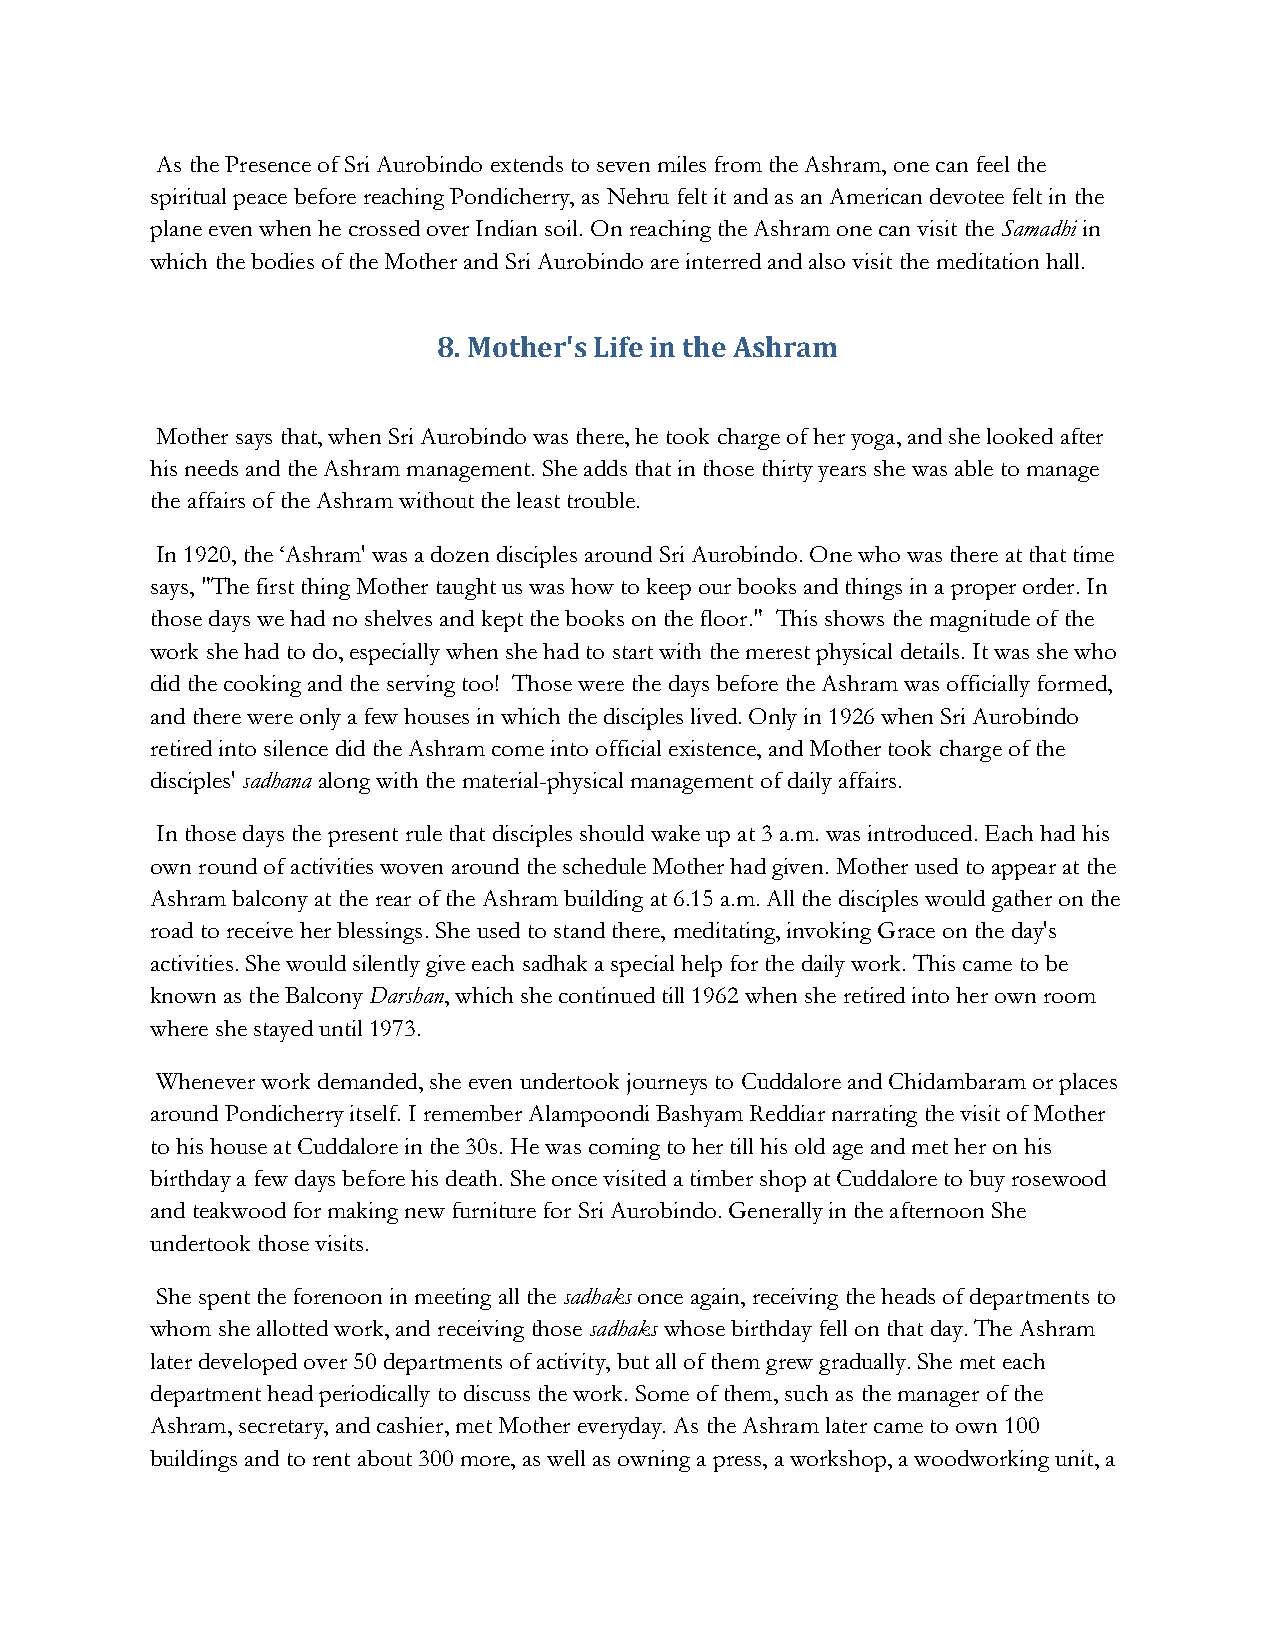
As the Presence of Sri Aurobindo extends to seven miles from the Ashram, one can feel the
 spiritual peace before reaching Pondicherry, as Nehru felt it and as an American devotee felt in the
 plane even when he crossed over Indian soil. On reaching the Ashram one can visit the Samadhi in
 which the bodies of the Mother and Sri Aurobindo are interred and also visit the meditation hall.
 8. Mother's Life in the Ashram
 Mother says that, when Sri Aurobindo was there, he took charge of her yoga, and she looked after
 his needs and the Ashram management. She adds that in those thirty years she was able to manage
 the affairs of the Ashram without the least trouble.
 In 1920, the ‘Ashram' was a dozen disciples around Sri Aurobindo. One who was there at that time
 says, "The first thing Mother taught us was how to keep our books and things in a proper order. In
 those days we had no shelves and kept the books on the floor." This shows the magnitude of the
 work she had to do, especially when she had to start with the merest physical details. It was she who
 did the cooking and the serving too! Those were the days before the Ashram was officially formed,
 and there were only a few houses in which the disciples lived. Only in 1926 when Sri Aurobindo
 retired into silence did the Ashram come into official existence, and Mother took charge of the
 disciples' sadhana along with the material-physical management of daily affairs.
 In those days the present rule that disciples should wake up at 3 a.m. was introduced. Each had his
 own round of activities woven around the schedule Mother had given. Mother used to appear at the
 Ashram balcony at the rear of the Ashram building at 6.15 a.m. All the disciples would gather on the
 road to receive her blessings. She used to stand there, meditating, invoking Grace on the day's
 activities. She would silently give each sadhak a special help for the daily work. This came to be
 known as the Balcony Darshan, which she continued till 1962 when she retired into her own room
 where she stayed until 1973.
 Whenever work demanded, she even undertook journeys to Cuddalore and Chidambaram or places
 around Pondicherry itself. I remember Alampoondi Bashyam Reddiar narrating the visit of Mother
 to his house at Cuddalore in the 30s. He was coming to her till his old age and met her on his
 birthday a few days before his death. She once visited a timber shop at Cuddalore to buy rosewood
 and teakwood for making new furniture for Sri Aurobindo. Generally in the afternoon She
 undertook those visits.
 She spent the forenoon in meeting all the sadhaks once again, receiving the heads of departments to
 whom she allotted work, and receiving those sadhaks whose birthday fell on that day. The Ashram
 later developed over 50 departments of activity, but all of them grew gradually. She met each
 department head periodically to discuss the work. Some of them, such as the manager of the
 Ashram, secretary, and cashier, met Mother everyday. As the Ashram later came to own 100
 buildings and to rent about 300 more, as well as owning a press, a workshop, a woodworking unit, a